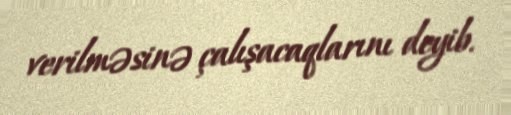
verilməsinə çalışacaqlarını deyib.